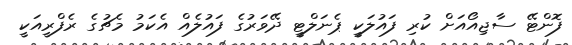
ފޮންޓޭ ސާޖިއޯއަށް ކުރި ފައުލަކީ ޕެނަލްޓީ ދޭވަރުގެ ފައުލެއް އެކަމު މެޗުގެ ރެފްރީއަކީ